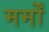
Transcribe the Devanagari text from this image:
मर्मों